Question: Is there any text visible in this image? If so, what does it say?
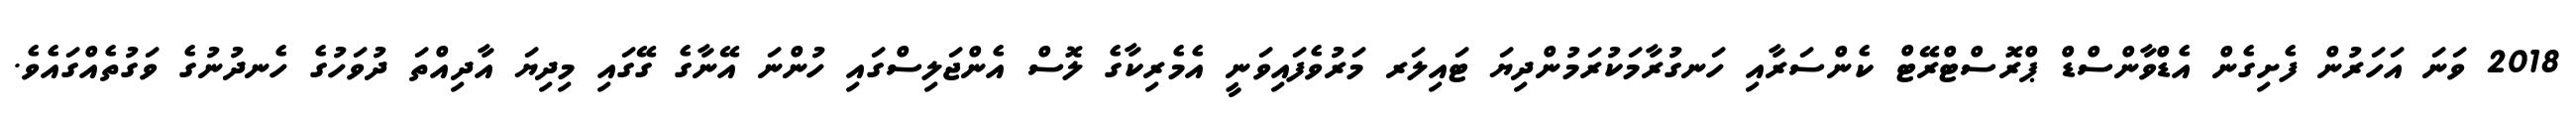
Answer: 2018 ވަނަ އަހަރުން ފެށިގެން އެޑްވާންސްޑް ޕްރޮސްޓްރޭޓް ކެންސަރާއި ހަނގުރާމަކުރަމުންދިޔަ ޓައިލަރ މަރުވެފައިވަނީ އެމެރިކާގެ ލޮސް އެންޖަލިސްގައި ހުންނަ އޭނާގެ ގޭގައި މިދިޔަ އާދިއްތަ ދުވަހުގެ ހެނދުނުގެ ވަގުތެއްގައެވެ.